Civil Veterinary Department Bihar & Orissa reports 1922-29 - 1922-1929
Year: 1922
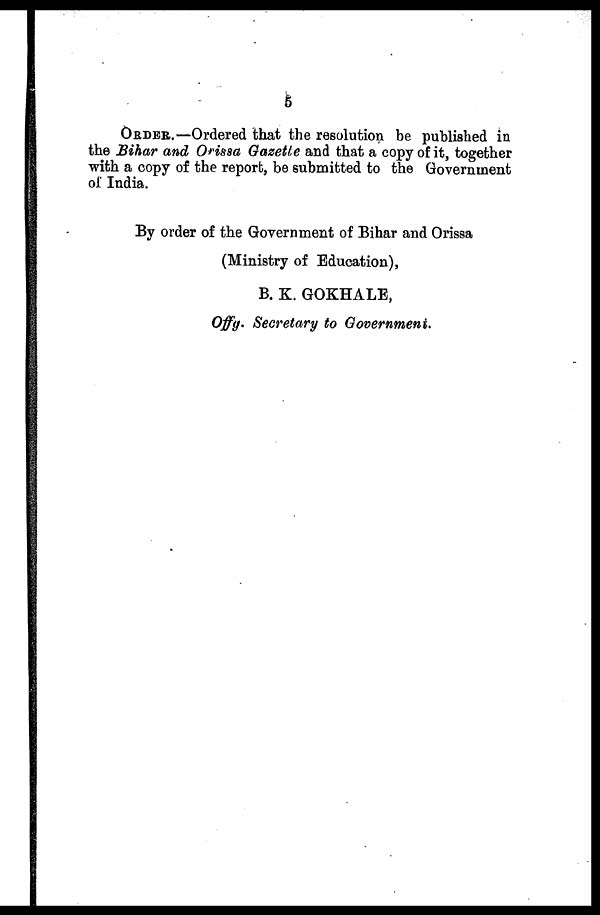
5
ORDER.—Ordered that the resolution be published in
the Bihar and Orissa Gazette and that a copy of it, together
with a copy of the report, be submitted to the Government
of India.
By order of the Government of Bihar and Orissa
(Ministry of Education),
B. K. GOKHALE,
Offy. Secretary to Government